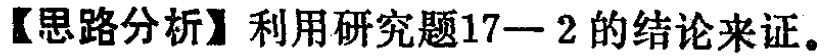
【思路分析】利用研究题17—2的结论来证。